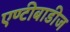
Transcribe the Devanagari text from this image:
एण्टीबाडीज